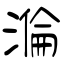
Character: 溣